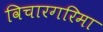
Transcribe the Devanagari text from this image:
विचारगरिमा